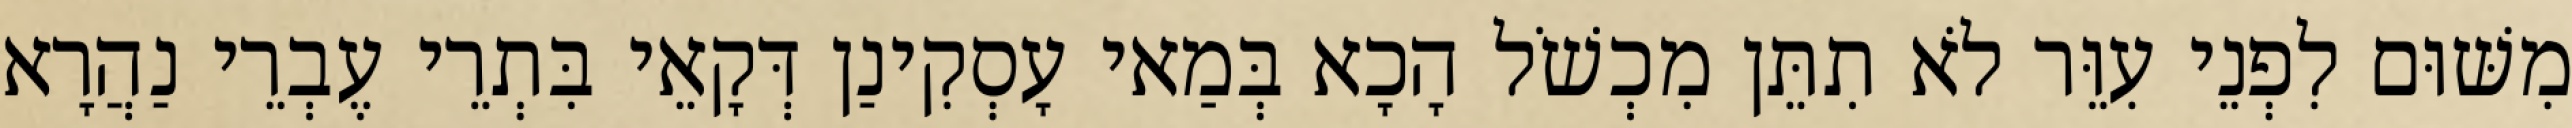
מִשּׁוּם לִפְנֵי עִוֵּר לֹא תִתֵּן מִכְשֹׁל הָכָא בְּמַאי עָסְקִינַן דְּקָאֵי בִּתְרֵי עֶבְרֵי נַהֲרָא